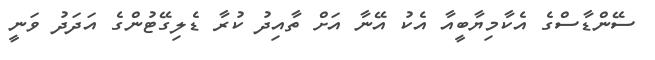
ސޭންޑާސްގެ އެކާމިޔާބީއާ އެކު އޭނާ އަށް ތާއިދު ކުރާ ޑެލިގޭޓުންގެ އަދަދު ވަނީ